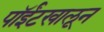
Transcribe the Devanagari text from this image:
पॉईंटखालून